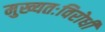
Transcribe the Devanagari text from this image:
मुख्यतःविरोधी